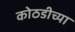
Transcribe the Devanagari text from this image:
कोठडीच्या